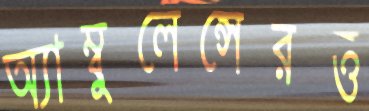
অ্যাম্বুলেন্সেরও